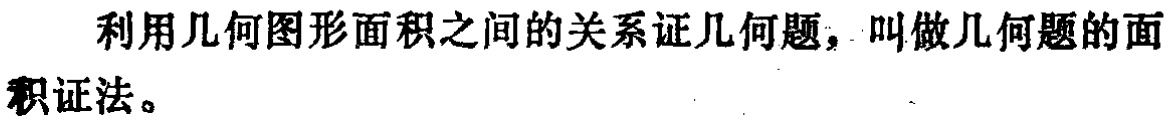
利用几何图形面积之间的关系证几何题，叫做几何题的面积证法。